Vaccination Hyderabad 1872-1889 - 1872-1889
Year: 1872
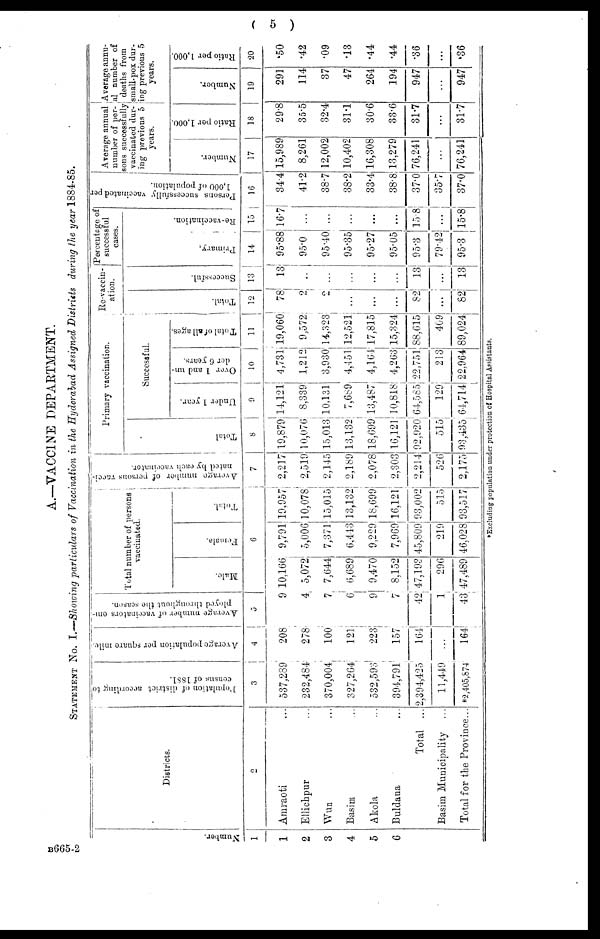
( 5 )
A.—VACCINE DEPARTMENT.
STATEMENT No. I.—Showing particulars of Vaccination in the Hyderabad Assigned Districts during the year 1884-85.
Number.
1
1
2
3
4
5
6
Districts.
2
Amraoti ...
Ellichpur ...
Wun ...
Basim ...
Akola ...
Buldana ...
Total ...
Basim Municipality ...
Total for the Province...
Population of district according to
census of 1881.
3
537,289
232,484
370,004
327,264
532,593
394,791
2,394,425
11,449
*2,405,874
Average population per square mile.
4
208
278
100
121
223
157
164
...
164
Average number of vaccinators em-
ployed throughout the season.
5
9
4
7
6
9
7
42
1
43
Total number of persons
vaccinated.
Male.
Female.
Total.
6
10,166
5,072
7,644
6,689
9,470
8,152
47,193
296
47,489
9,791
5,006
7,371
6,443
9,229
7,969
45,809
219
46,028
19,957
10,078
15,015
13,132
18,699
16,121
93,002
515
93,517
Average number of persons vacci-
nated by each vaccinator.
7
2,217
2,519
2,145
2,189
2,078
2,303
2,214
526
2,175
Primary vaccination.
Total
8
19,879
10,076
15,013
13,132
18,699
16,121
92,920
515
93,435
Successful.
Under 1 year.
9
14,121
8,339
10,131
7,689
13,487
10,818
64,585
129
61,714
Over 1 and un-
der 6 years.
10
4,731
1,212
3,930
4,451
4,164
4,263
22,751
213
22,964
Total of all ages.
11
19,060
9,572
14,323
12,521
17,815
15,324
88,615
409
89,024
Re-vaccin-
ation.
Total.
12
78
2
2
...
...
...
82
...
82
Successful.
13
13
..
...
...
...
...
13
...
13
Percentage of
successful
cases.
Primary.
14
95.88
95.0
95.40
95.35
95.27
95.05
95.3
79.42
95.3
Re-vaccination.
15
16.7
...
...
...
...
...
15.8
...
15.8
Persons successfully vaccinated per
1,000 of population.
16
34.4
41.2
38.7
38.2
33.4
38.8
37.0
35.7
37.0
Average annual
number of per-
sons successfully
vaccinated dur-
ing previous 5
years.
Number.
17
15,989
8,261
12,002
10,402
16,308
13,279
76,241
...
76,241
Ratio per 1,000.
18
29.8
35.5
32.4
31.1
30.6
33.6
31.7
...
31.7
Average annu-
al number of
deaths from
small-pox dur¬
ing previous 5
years.
Number.
19
291
114
37
47
264
194
947
...
947
Ratio per 1,000.
20
.50
.42
.09
.13
.44
.44
.36
...
.36
*Excluding population under protection of Hospital Assistants.
B665-2